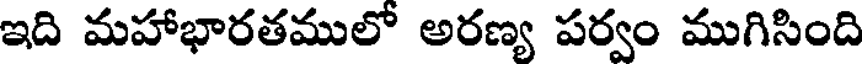
ఇది మహాభారతములో అరణ్య పర్వం ముగిసింది